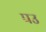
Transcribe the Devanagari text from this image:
पउ